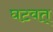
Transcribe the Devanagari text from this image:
घटवत्